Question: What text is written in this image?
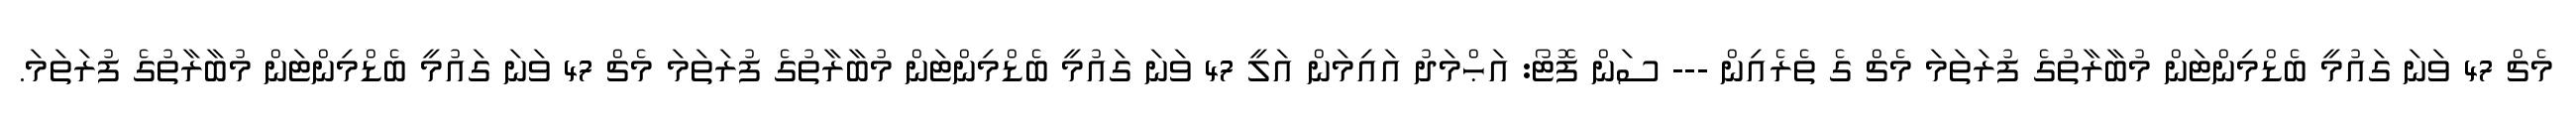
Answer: މެޗް 47 ވަނަ ގައުމީ ބެޑްމިންޓަން މުބާރާތުގެ ފުރަތަމަ މެޗް ގެ ތެރެއިން --- ސަން ފޮޓޯ: އަޙްމަދު އައިމަން އަލީ 47 ވަނަ ގައުމީ ބެޑްމިންޓަން މުބާރާތުގެ ފުރަތަމަ މެޗް 47 ވަނަ ގައުމީ ބެޑްމިންޓަން މުބާރާތުގެ ފުރަތަމަ.